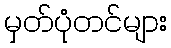
မှတ်ပုံတင်များ